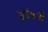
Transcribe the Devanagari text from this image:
सूर्यकर्णी